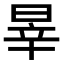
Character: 𣇛